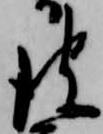
彼